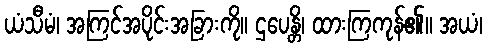
ယံသီမံ၊ အကြင်အပိုင်းအခြားကို။ ဌပေန္တိ၊ ထားကြကုန်၏။ အယံ၊